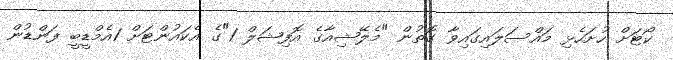
ކޯޓަށް ހުށަހެޅި މައްސަލައިގައިވާ ގޮތުން "މެލޭޝިއާގެ އޮފިޝަލް 1"ގެ އެކައުންޓަށް 1އެމްޑީބީ ފަންޑުން